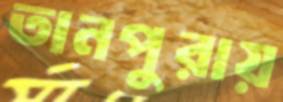
তানপুরায়